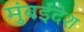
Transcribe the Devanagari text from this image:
मुंबईदेश